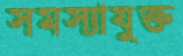
সমস্যাযুক্ত